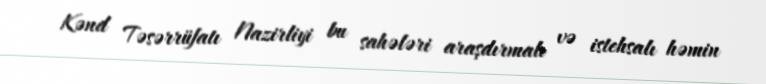
Kənd Təsərrüfatı Nazirliyi bu sahələri araşdırmalı və istehsalı həmin